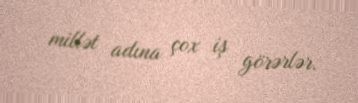
millət adına çox iş görərlər.